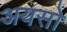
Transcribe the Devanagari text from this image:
अयसो